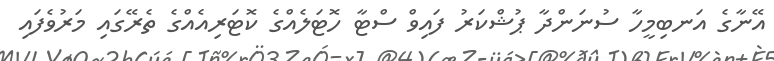
އޭނާގެ އަނބިމީހާ ސުނަންދާ ޕުޝްކަރު ފައިވް ސްޓާ ހޮޓަލެއްގެ ކޮޓަރިއެއްގެ ތެރޭގައި މަރުވެފައި